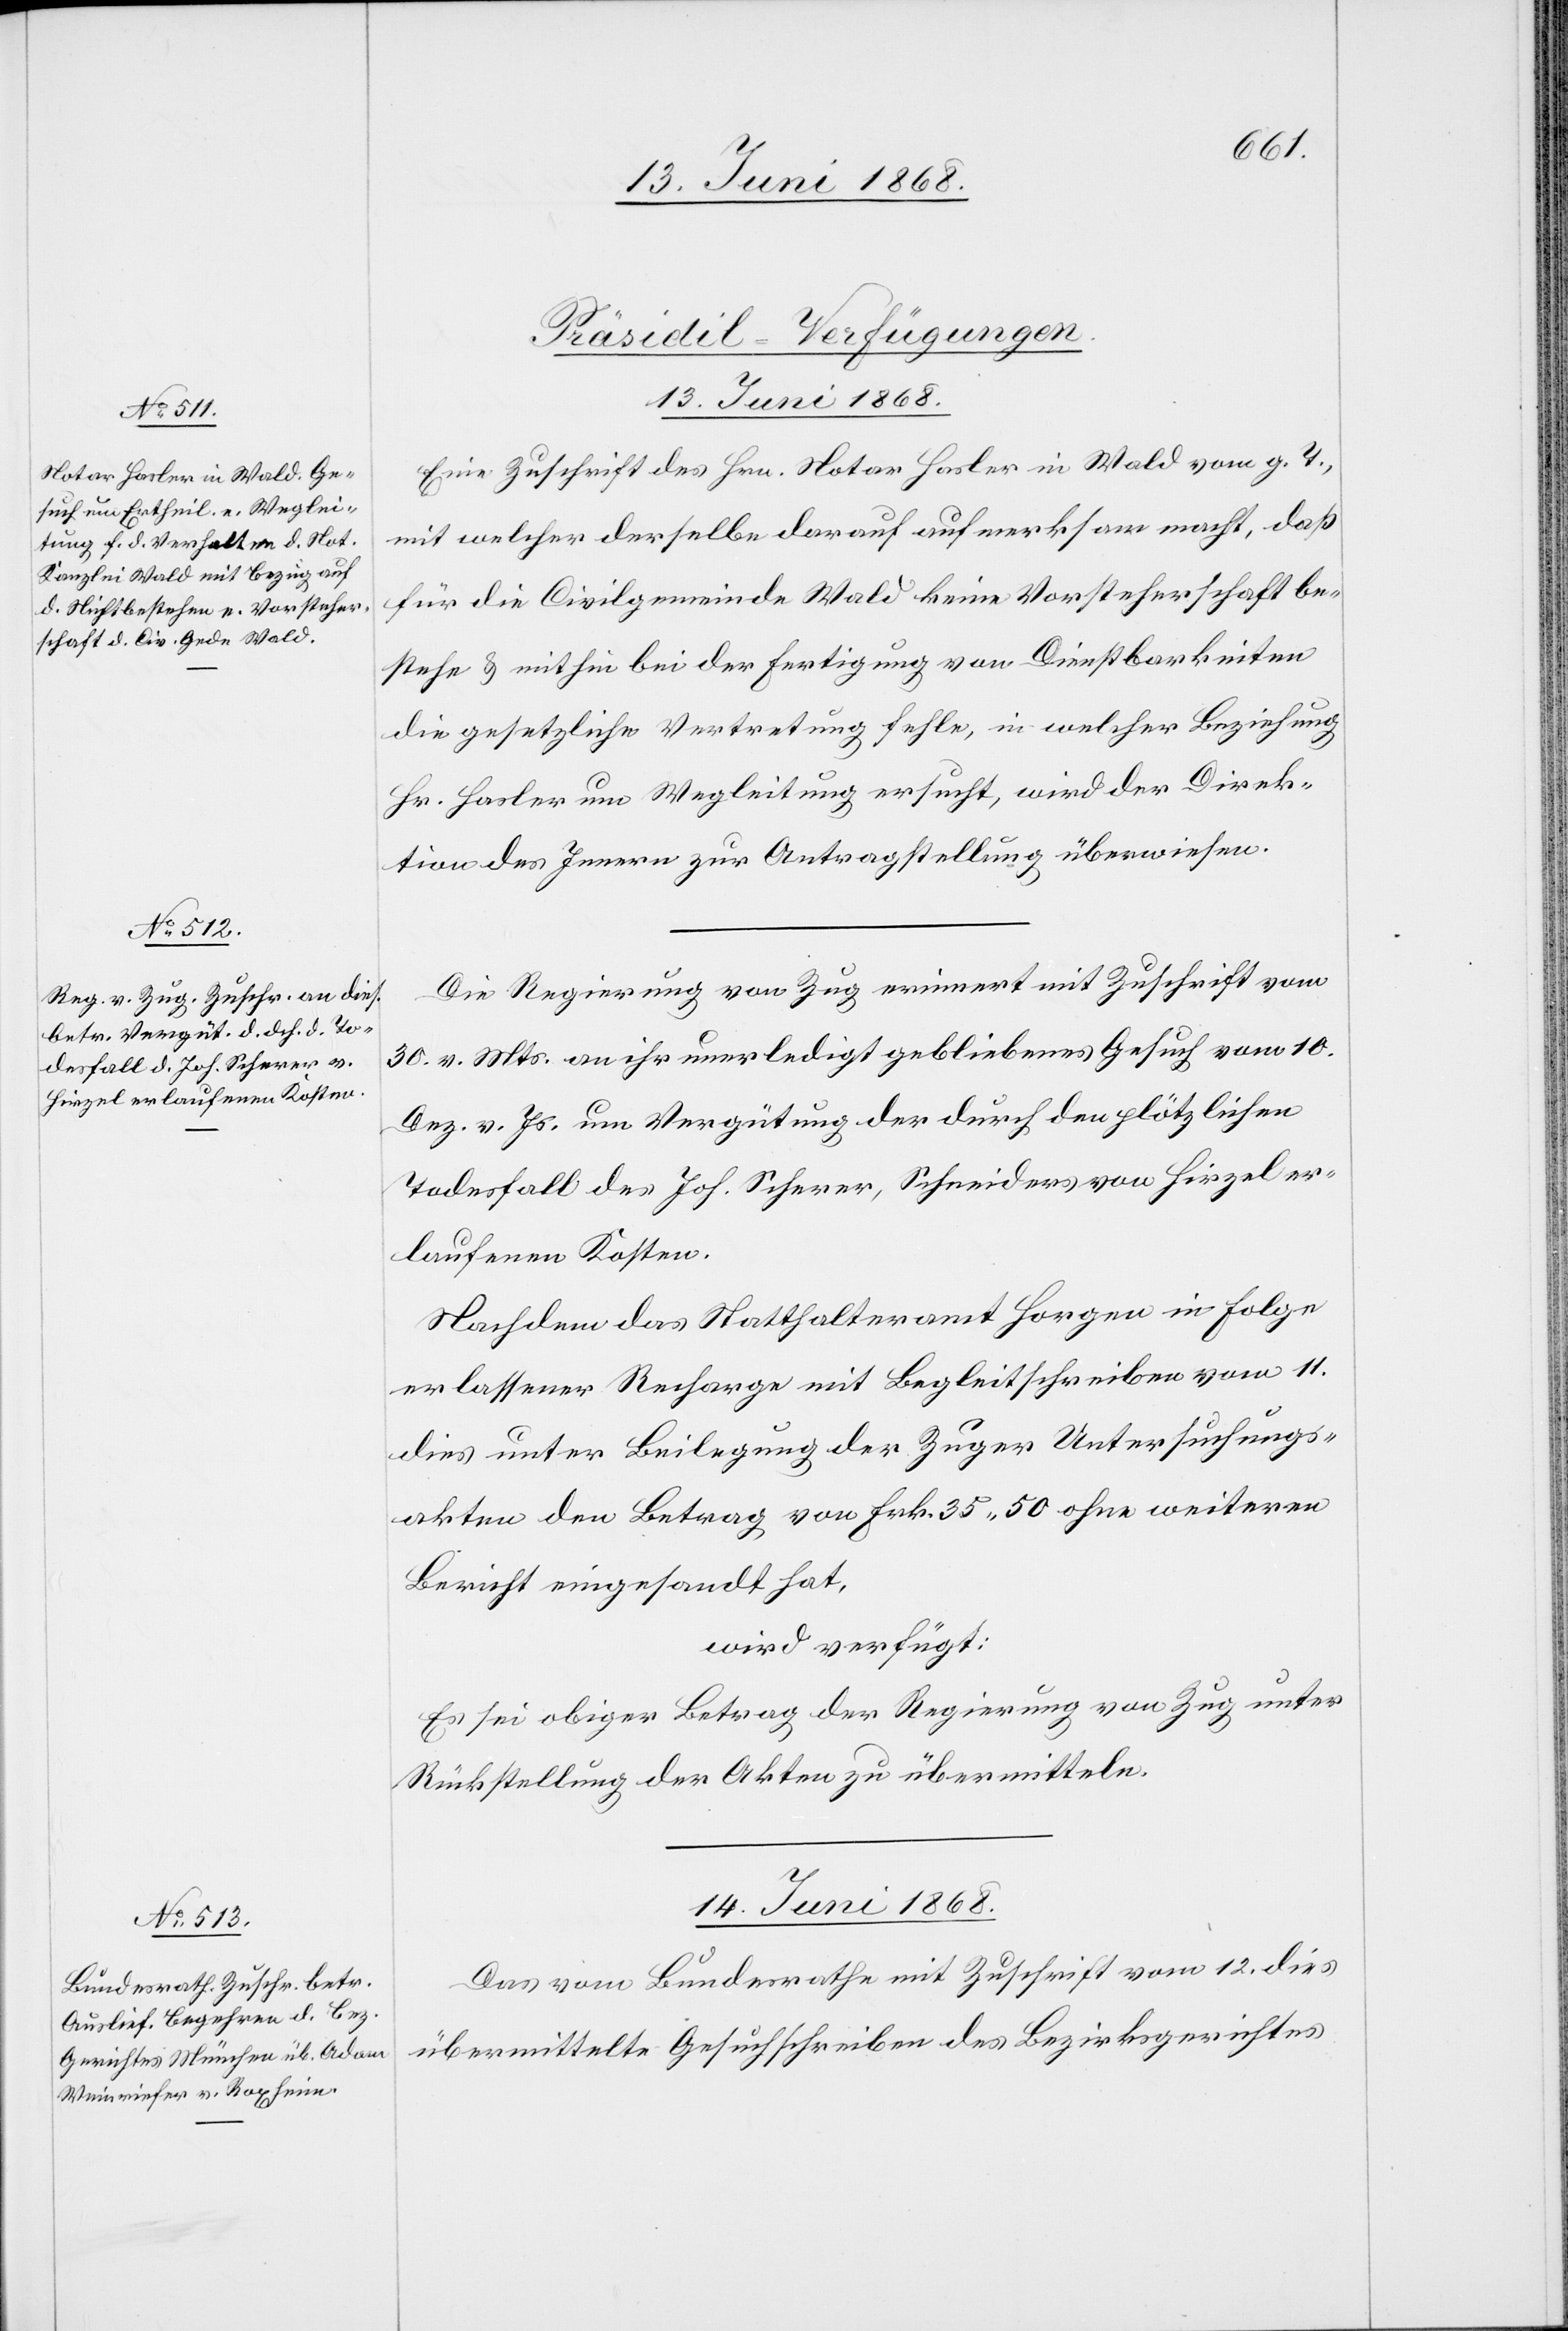
[Präsidi[a]l-Verfügungen.]
13. Juni 1868.]
Eine Zuschrift des Hrn. Notar Hasler in Wald vom g. T.,
mit welcher derselbe darauf aufmerksam macht, daß
für die Civilgemeinde Wald keine Vorsteherschaft be¬
stehe & mithin bei der Fertigung von Dienstbarkeiten
die gesetzliche Vertretung fehle, in welcher Beziehung
Hr. Hasler um Wegleitung ersucht, wird der Direk¬
tion des Innern zur Antragstellung überwiesen.
Die Regierung von Zug erinnert mit Zuschrift vom
30. v. Mts. an ihr unerledigt gebliebenes Gesuch vom 10.
Dez. v. Js. um Vergütung der durch den plötzlichen
Todesfall des Joh. Scherer, Schneiders von Hirzel er¬
laufenen Kosten.
Nachdem das Statthalteramt Horgen in Folge
erlassener Recharge mit Begleitschreiben vom 11.
dies unter Beilegung der Zuger Untersuchungs¬
akten den Betrag von Frk. 35. 50 ohne weiteren
Bericht eingesandt hat,
wird verfügt:
Es sei obiger Betrag der Regierung von Zug unter
Rückstellung der Akten zu übermitteln.
14. Juni 1868.
Das vom Bundesrathe mit Zuschrift vom 12. dies
übermittelte Gesuchschreiben des Bezirksgerichtes